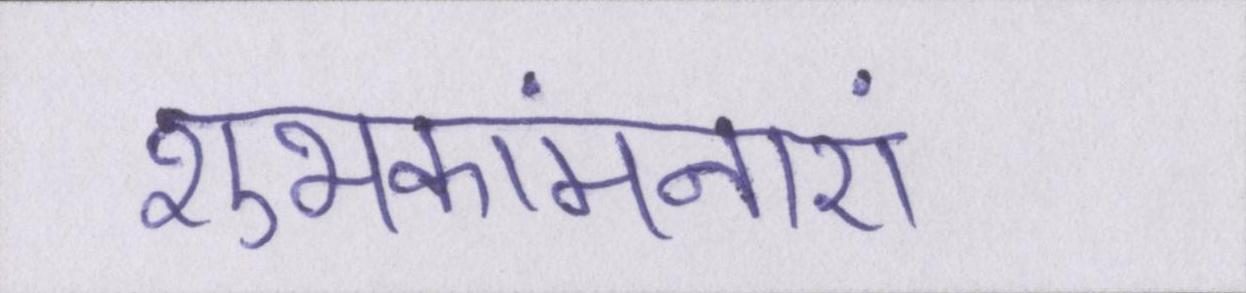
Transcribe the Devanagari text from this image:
शुभकांमनाएं